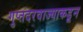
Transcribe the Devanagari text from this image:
गुप्तदरवाज्याकडून